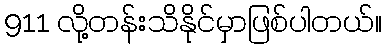
911 လို့တန်းသိနိုင်မှာဖြစ်ပါတယ်။